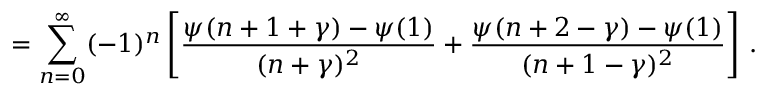
= \sum _ { n = 0 } ^ { \infty } ( - 1 ) ^ { n } \left[ \frac { \psi ( n + 1 + \gamma ) - \psi ( 1 ) } { ( n + \gamma ) ^ { 2 } } + \frac { \psi ( n + 2 - \gamma ) - \psi ( 1 ) } { ( n + 1 - \gamma ) ^ { 2 } } \right] \, .